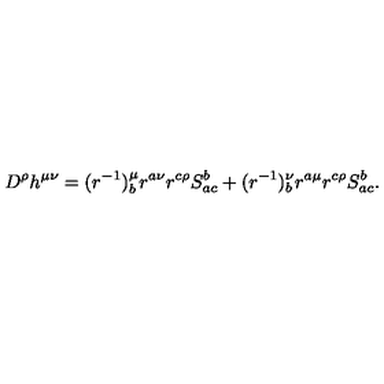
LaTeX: D ^ { \rho } h ^ { \mu \nu } = ( r ^ { - 1 } ) _ { b } ^ { \mu } r ^ { a \nu } r ^ { c \rho } S _ { a c } ^ { b } + ( r ^ { - 1 } ) _ { b } ^ { \nu } r ^ { a \mu } r ^ { c \rho } S _ { a c } ^ { b } .